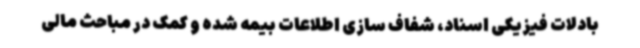
بادلات فیزیکی اسناد، شفاف سازی اطلاعات بیمه شده و کمک در مباحث مالی